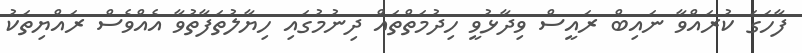
ފާހަގަ ކުރައްވާ ނައިބް ރައީސް ވިދާޅުވީ ހިދުމަތްތައް ދިނުމުގައި ހިޔާލުތަފާތުވާ އެއްވެސް ރައްޔިތަކު